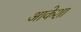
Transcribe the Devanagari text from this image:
आकेशा